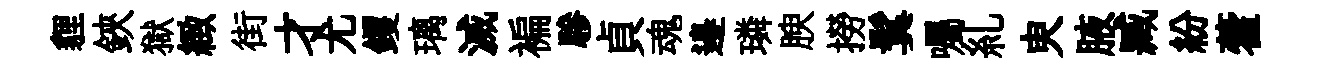
貍鋏獄緻街才尤钁璃滅褊驂貞魂邉璘腴撈鬂囑糺㬰腋臧紛藿